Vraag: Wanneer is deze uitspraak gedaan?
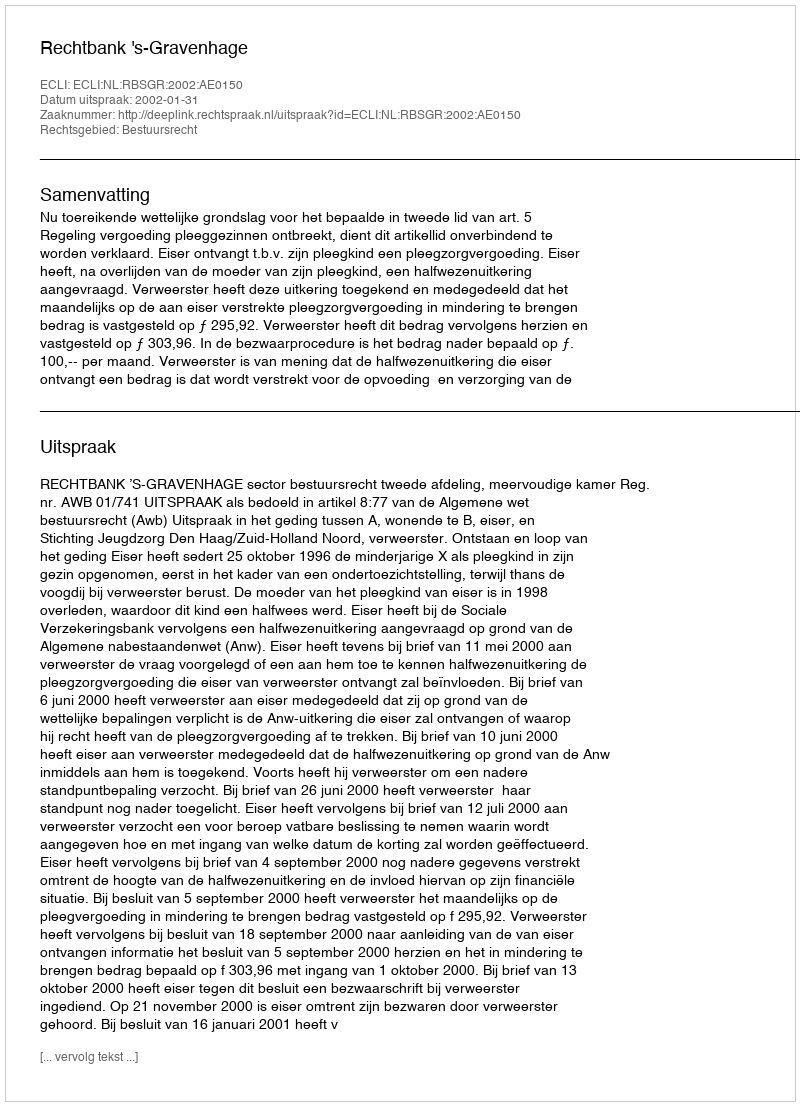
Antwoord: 2002-01-31